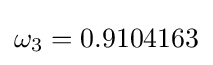
\omega _{3}=0.9104163